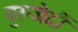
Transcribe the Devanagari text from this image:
बुरुजेर्दी